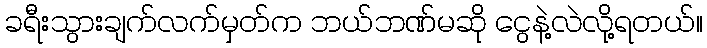
ခရီးသွားချက်လက်မှတ်က ဘယ်ဘဏ်မဆို ငွေနဲ့လဲလို့ရတယ်။